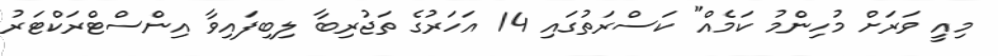
މިއީ ވަރަށް މުހިންމު ކަމެއް" ކަސްރަތުގައި 14 އަހަރުގެ ތަޖުރިބާ ލިބިފައިވާ އިންސްޓްރަކްޓަރު